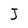
Character: J